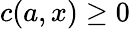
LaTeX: c(a,x)\geq 0